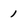
Character: 1